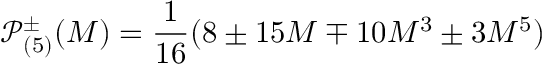
\mathcal { P } _ { ( 5 ) } ^ { \pm } ( M ) = \frac { 1 } { 1 6 } ( 8 \pm 1 5 M \mp 1 0 M ^ { 3 } \pm 3 M ^ { 5 } )